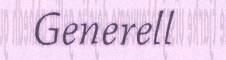
Generell